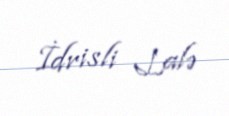
İdrisli Lalə